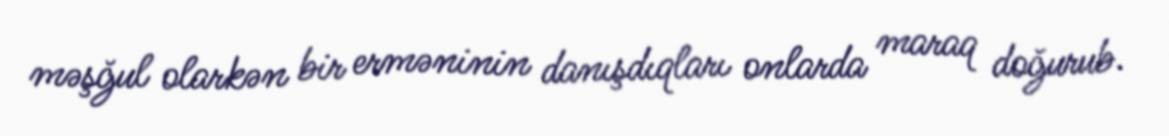
məşğul olarkən bir erməninin danışdıqları onlarda maraq doğurub.